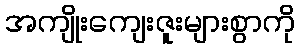
အကျိုးကျေးဇူးများစွာကို